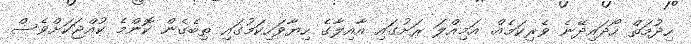
ހިދުމަތް ހޯދައިދޭނެ ވެރިކަމެއް. އަމިއްލަ ރަށުގައި އާއިލާގެ ހިޔާވަހިކަމުގައި ތިބެގެން ކޮންމެ ކުއްޖަކަށްވެސް